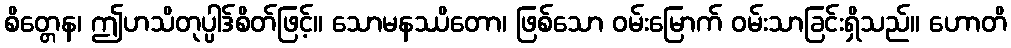
စိတ္တေန၊ ဤဟသိတုပ္ပါဒ်စိတ်ဖြင့်။ သောမနဿိတော၊ ဖြစ်သော ဝမ်းမြောက် ဝမ်းသာခြင်းရှိသည်။ ဟောတိ